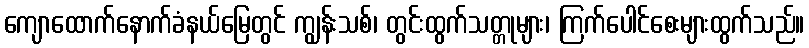
ကျောထောက်နောက်ခံနယ်မြေတွင် ကျွန်းသစ်၊ တွင်းထွက်သတ္တုများ၊ ကြက်ပေါင်စေးများထွက်သည်။